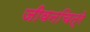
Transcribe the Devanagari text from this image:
जीवनचित्रे